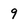
Character: 9